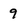
Character: 9